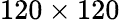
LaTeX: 120\times 120